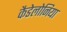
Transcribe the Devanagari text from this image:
कैडेलोनिया